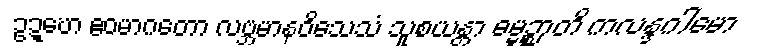
ဥဍ္ဎော ဧဝမာဂတော လဗ္ဘမာနဝိသေသံ သူစယန္တာ ဓမ္မဉ္စာတိ ကလန္ဒဂါမော